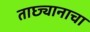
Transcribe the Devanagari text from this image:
ताछ्यानाचा